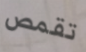
تقمص